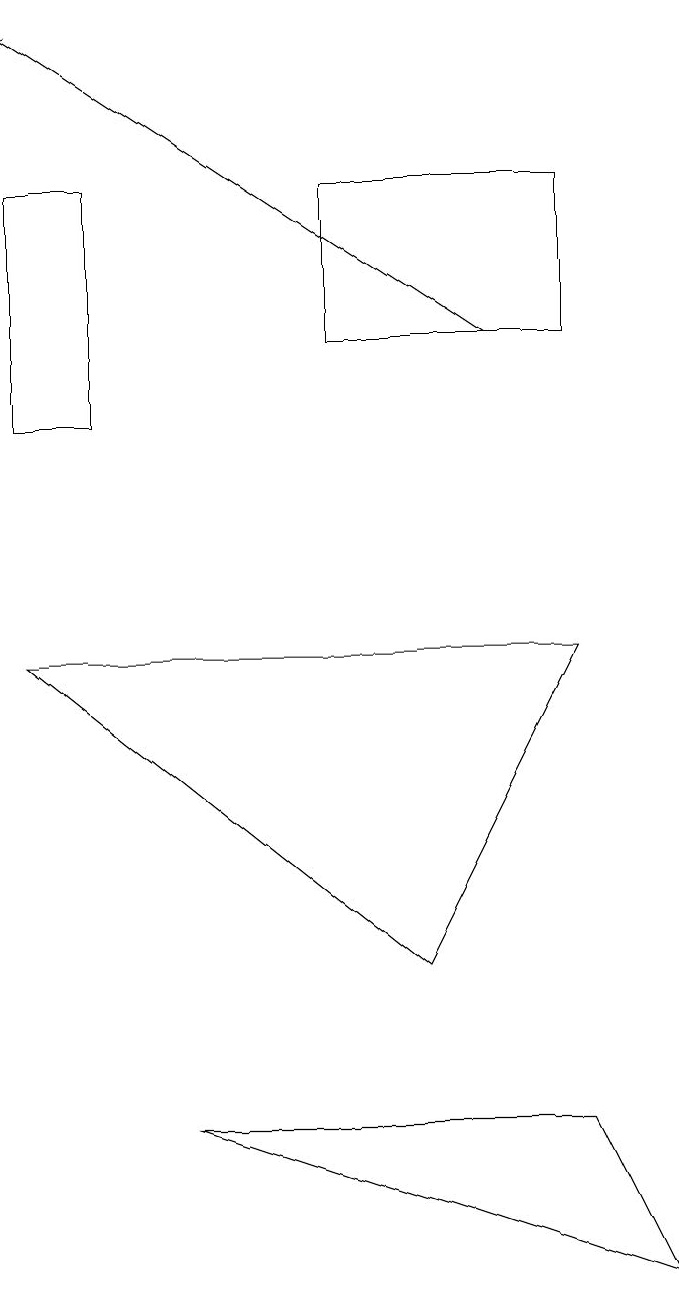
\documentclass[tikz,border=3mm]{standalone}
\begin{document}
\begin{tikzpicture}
\draw (5,14) rectangle (8,12);
\draw (1,11) rectangle (2,14);
\draw (8,2) -- (9,0) -- (3,2) -- cycle;
\draw[->] (7,12) -- (1,16);
\draw (6,4) -- (1,8) -- (8,8) -- cycle;
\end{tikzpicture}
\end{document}